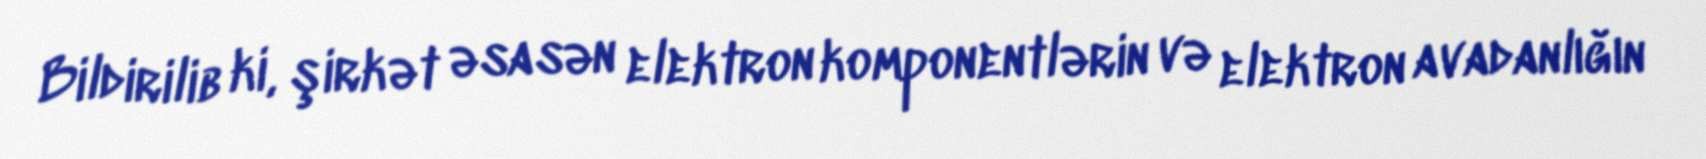
Bildirilib ki, şirkət əsasən elektron komponentlərin və elektron avadanlığın